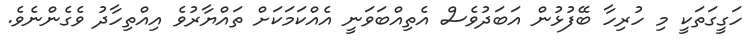
ހަގީގަތަކީ މި ހުރިހާ ބޭފުޅުން އަބަދުވެސް އެތިއްބަވަނީ އެއްކަމަކަށް ތައްޔާރުވެ އިއްތިހާދު ވެގެންނެވެ.